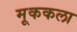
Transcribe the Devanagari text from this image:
मूककला